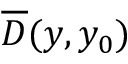
\overline { { \cal D } } ( y , y _ { 0 } )